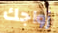
زواجك